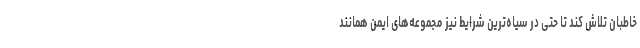
خاطبان تلاش کند تا حتی در سیاه‌ترین شرایط نیز مجموعه‌های ایمن همانند